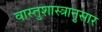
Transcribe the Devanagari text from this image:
वास्तुशास्त्रानुसार